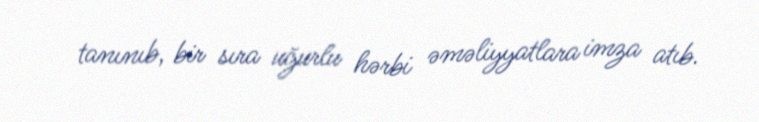
tanınıb, bir sıra uğurlu hərbi əməliyyatlara imza atıb.